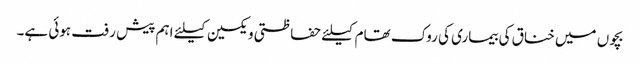
بچوں میں خناق کی بیماری کی روک تھام کیلئے حفاظتی ویکسین کیلئے اہم پیش رفت ہوئی ہے۔